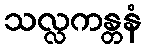
သလ္လကန္တနံ